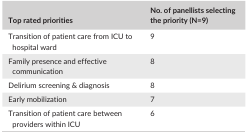
<table><thead><tr><td><b>Top rated priorities</b></td><td><b>No. of panellists selecting the priority (N=9)</b></td></tr></thead><tbody><tr><td>Transition of patient care from ICU to hospital ward</td><td>9</td></tr><tr><td>Family presence and effective communication</td><td>8</td></tr><tr><td>Delirium screening &amp; diagnosis</td><td>8</td></tr><tr><td>Early mobilization</td><td>7</td></tr><tr><td>Transition of patient care between providers within ICU</td><td>6</td></tr></tbody></table>